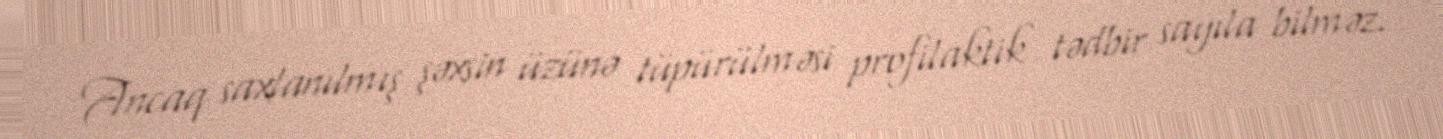
Ancaq saxlanılmış şəxsin üzünə tüpürülməsi profilaktik tədbir sayıla bilməz.